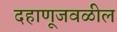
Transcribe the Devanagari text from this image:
दहाणूजवळील